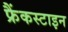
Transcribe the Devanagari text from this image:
फ्रैंकस्टाइन